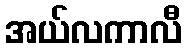
အယ်လကာလီ